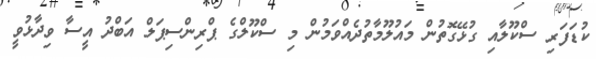
ކުޑަފަރި ސްކޫލާއި ގުޅޭގޮތުން މައުލޫމާތުދެއްވަމުން މި ސްކޫލްގެ ޕްރިންސިޕަލް އަބްދު އީސާ ވިދާޅުވީ